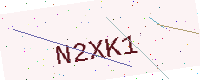
Text: N2XK1